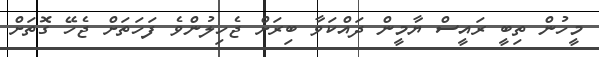
މީހުން ތިބީ ރައީސް ޔާމީން ދައްކަވާ ބިރަށް ޖެހިލުންވެ ފަހަތަށް ޖެހޭ ގޮތަށް